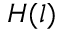
H ( l )